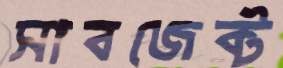
সাবজেক্ট